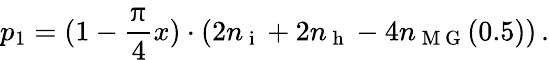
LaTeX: p_{1}=(1-\frac{\uppi}{4}x)\cdot(2n_{\mathrm{~i~}}+2n_{\mathrm{~h~}}-4n_{\mathrm{~M~G~}}(0.5))\, .